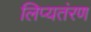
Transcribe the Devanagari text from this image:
लिप्यतंरण